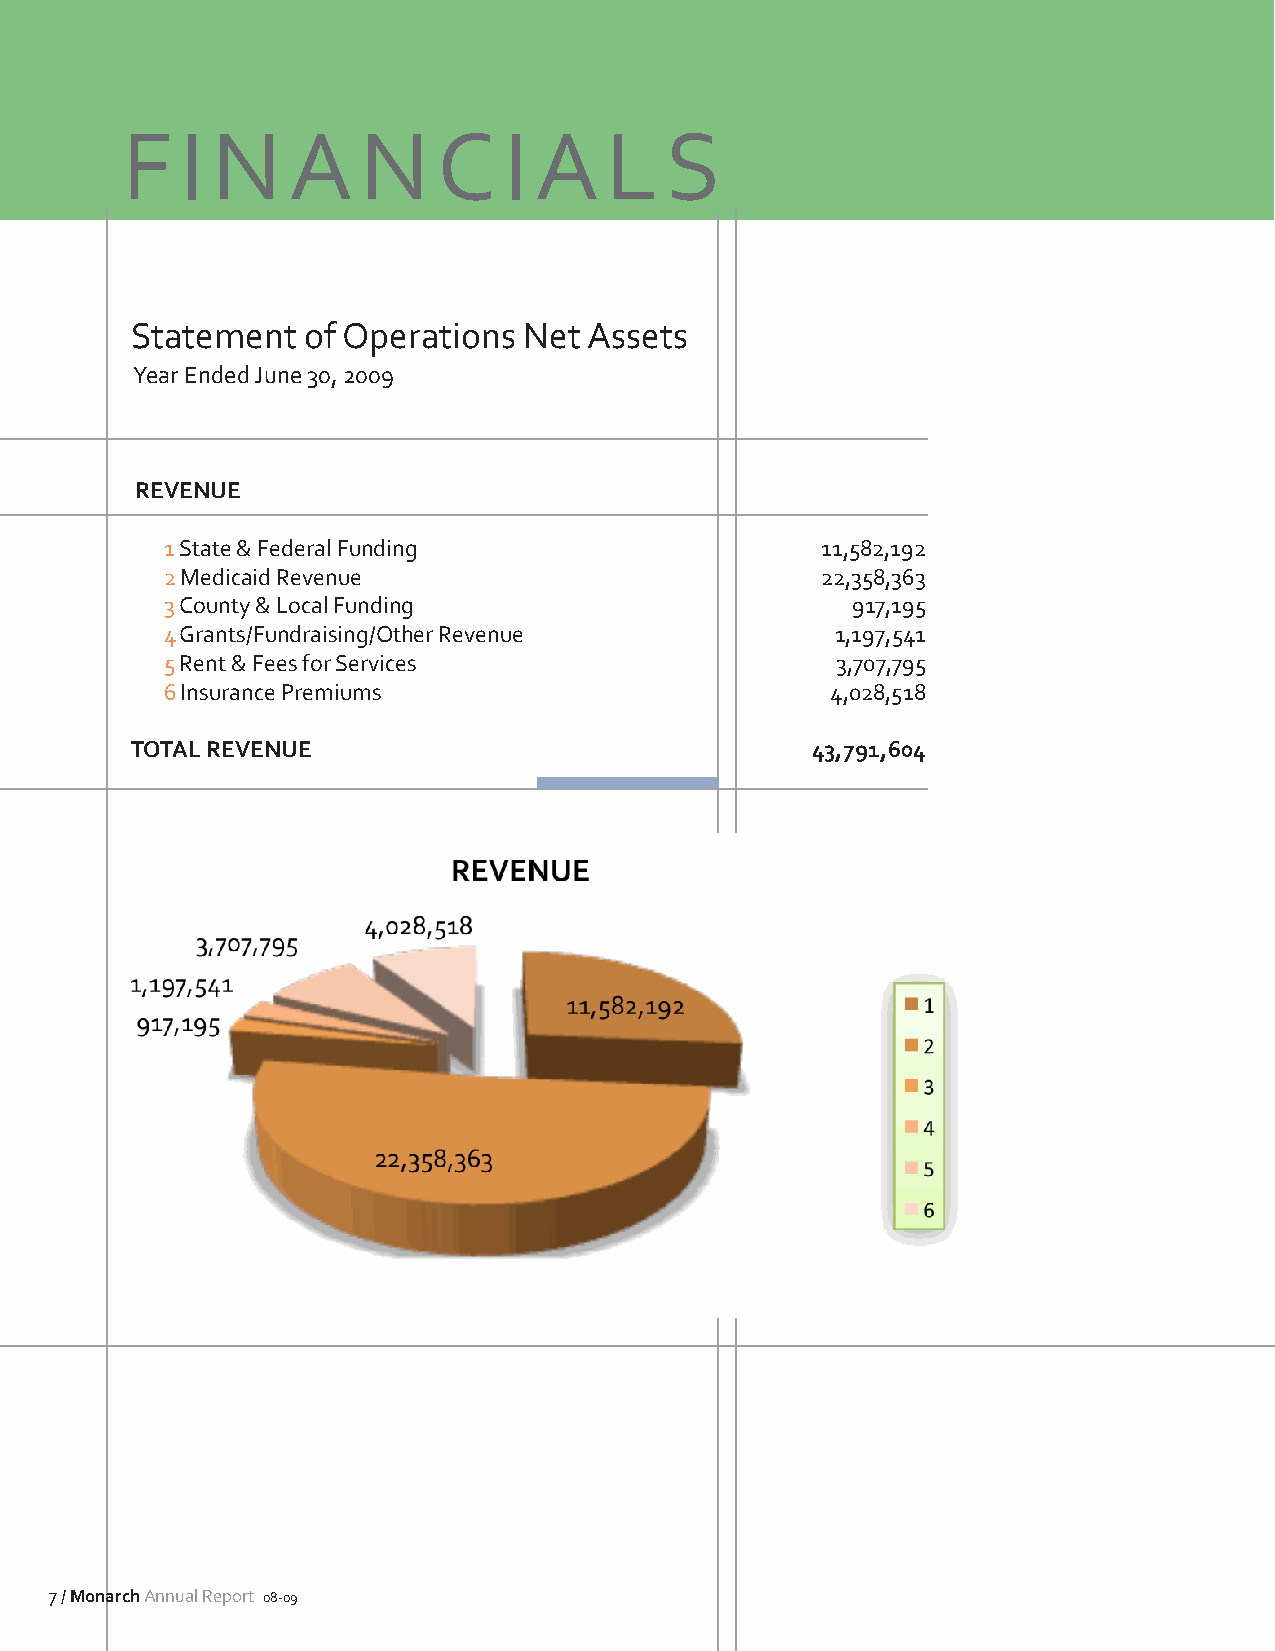
F   I N    A    N    C   I A    L   S
 Statement  of Operations  Net Assets
 Year Ended June 30, 2009
 REVENUE
 1 State & Federal Funding                  11,582,192
 2 Medicaid Revenue                         22,358,363
 3 County & Local Funding                     917,195
 4 Grants/Fundraising/Other Revenue          1,197,541
 5 Rent & Fees for Services                  3,707,795
 6 Insurance Premiums                        4,028,518
 TOTAL REVENUE                                43,791,604
 7 / Monarch Annual Report 08-09